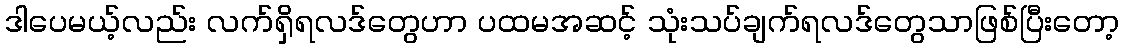
ဒါပေမယ့်လည်း လက်ရှိရလဒ်တွေဟာ ပထမအဆင့် သုံးသပ်ချက်ရလဒ်တွေသာဖြစ်ပြီးတော့